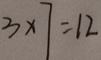
3 \times 7 = 1 2